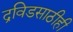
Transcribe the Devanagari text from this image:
द्रविडसाठीही